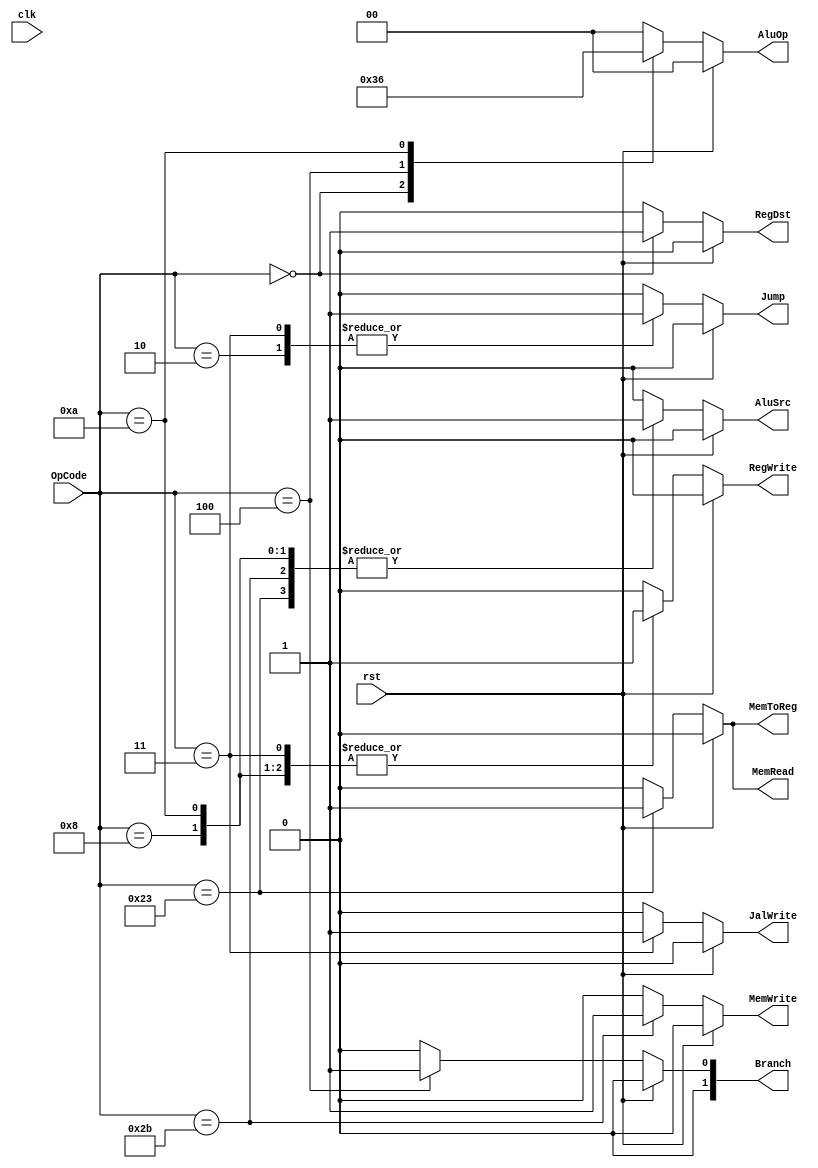
`timescale 1ns/1ns
module Controller(
    input clk,
    rst,
    input [5:0] OpCode, 
    output reg RegDst,  
    RegWrite,
    AluSrc,
    MemRead,
    MemWrite,
    MemToReg,
    Jump,
    JalWrite,
    output reg [1:0] AluOp,
    Branch
);

parameter [5:0] 
    RT = 6'b000000, 
    addi = 6'b001000, 
    slti = 6'b001010, 
    beq = 6'b000100, 
    j = 6'b000010,
    jal = 6'b000011,
    lw = 6'b100011,
    sw = 6'b101011;

always @(OpCode, rst) begin
    {RegDst, RegWrite, AluSrc, MemRead, MemWrite, MemToReg, AluOp, Branch, Jump, JalWrite} = 12'd0;
    if(rst)
        {RegDst, RegWrite, AluSrc, MemRead, MemWrite, MemToReg, AluOp, Branch, Jump, JalWrite} = 12'd0;
    else begin
    case(OpCode)
        RT : begin
            RegDst = 1'b1;
            RegWrite = 1'b1;
            AluOp = 2'b11;
        end
        lw : begin
            RegWrite = 1'b1;
            AluSrc = 1'b1;
            MemRead = 1'b1;
            MemToReg = 1'b1;
        end
        sw : begin
            AluSrc = 1'b1;
            MemWrite = 1'b1;
        end
        beq : begin
            Branch = 2'b01;
            AluOp = 2'b01;
        end
      
        addi : begin
            RegWrite = 1'b1;
            AluSrc = 1'b1;
        end
        slti : begin
            RegWrite = 1'b1;
            AluSrc = 1'b1;
            AluOp = 2'b10;
        end
        j : begin
            Jump = 1'b1;
        end
        jal : begin
            RegWrite = 1'b1;
            Jump = 1'b1;
            JalWrite = 1'b1;
        end
    endcase
    end
end

endmodule